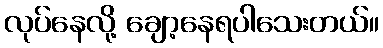
လုပ်နေလို့ ချော့နေရပါသေးတယ်။